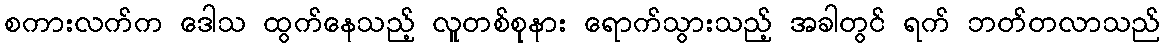
စကားလက်က ဒေါသ ထွက်နေသည့် လူတစ်စုနား ရောက်သွားသည့် အခါတွင် ရက် ဘတ်တလာသည်